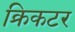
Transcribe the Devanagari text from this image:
क्रिकटर